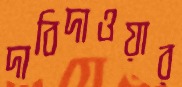
দাবিদাওয়ার